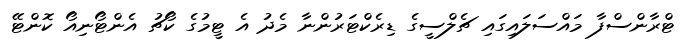
ޓްރާންސްފާ މައްސަލައިގައި ޗެލްސީގެ ޑިރެކްޓަރުންނާ މެދު އެ ޓީމުގެ ކޯޗު އެންޓޯނިއޯ ކޮންޓޭ